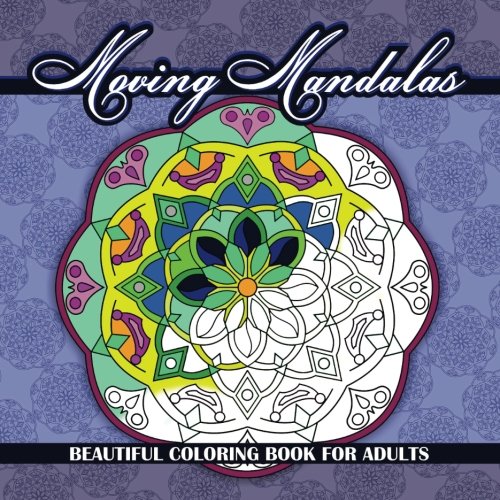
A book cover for Moving Mandalas Beautiful Coloring Book For Adults (Maya's Mandalas) (Volume 13); Maya Rose; Religion & Spirituality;